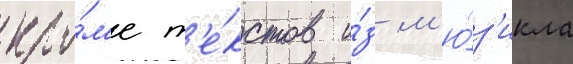
кро́м'е т'е́кстов и́з м'ю́з'икла